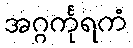
အဂ္ဂင်္ကုရကံ